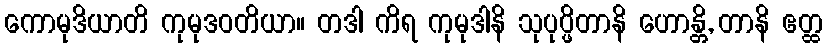
ကောမုဒိယာတိ ကုမုဒဝတိယာ။ တဒါ ကိရ ကုမုဒါနိ သုပုပ္ဖိတာနိ ဟောန္တိ, တာနိ ဧတ္ထ